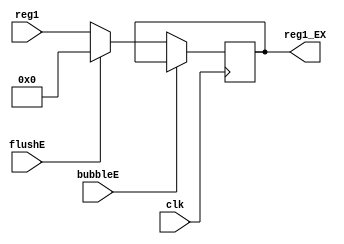
`timescale 1ns / 1ps
//////////////////////////////////////////////////////////////////////////////////
// Company: 
// Engineer: 
// 
// Design Name: 
// Module Name: Op1_EX
// Project Name: 
// Target Devices: 
// Tool Versions: 
// Description: 
// 
// Dependencies: 
// 
// Revision:
// Revision 0.01 - File Created
// Additional Comments:
// 
//////////////////////////////////////////////////////////////////////////////////


module Op1_EX(
    input               clk,
    input               bubbleE,
    input               flushE,
    input       [31:0]  reg1,
    output reg  [31:0]  reg1_EX
    );
    
    initial begin
        reg1_EX = 32'b0;
    end
    
    always@(posedge clk)begin
        if (!bubbleE)begin
            if (flushE)begin
                reg1_EX <= 0;
            end else begin
                reg1_EX <= reg1;
            end
        end
    end
endmodule